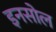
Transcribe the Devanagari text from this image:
इनसोल